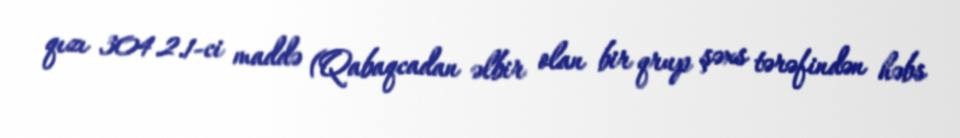
qızı 304.2.1-ci maddə (Qabaqcadan əlbir olan bir qrup şəxs tərəfindən həbs